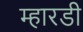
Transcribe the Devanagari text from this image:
म्हारडी